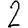
Digit: 2